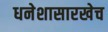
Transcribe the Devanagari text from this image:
धनेशासारखेच